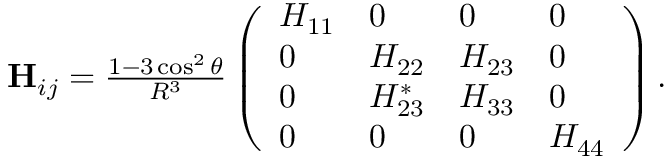
\begin{array} { r } { \mathbf { H } _ { i j } = \frac { 1 - 3 \cos ^ { 2 } \theta } { R ^ { 3 } } \left( \begin{array} { l l l l } { H _ { 1 1 } } & { 0 } & { 0 } & { 0 } \\ { 0 } & { H _ { 2 2 } } & { H _ { 2 3 } } & { 0 } \\ { 0 } & { H _ { 2 3 } ^ { * } } & { H _ { 3 3 } } & { 0 } \\ { 0 } & { 0 } & { 0 } & { H _ { 4 4 } } \end{array} \right) . } \end{array}